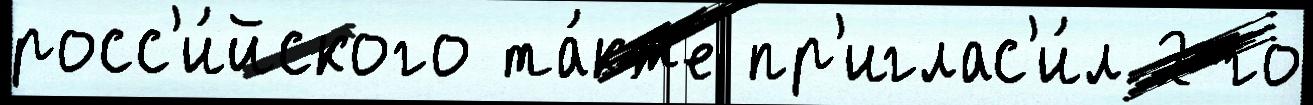
росс'и́йского та́кже пр'иглас'и́л 2-го